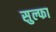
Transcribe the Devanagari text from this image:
सुल्फा